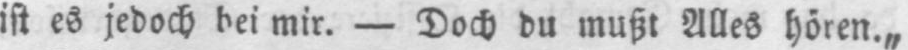
ist es jedoch bei mir. - Doch du mußt Alles hören.„